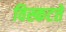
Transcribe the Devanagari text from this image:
विस्कटते